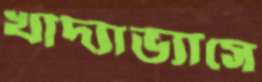
খাদ্যাভ্যাসে